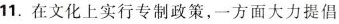
11.在文化上实行专制政策，一方面大力提倡